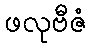
ဖလုဗီဇံ